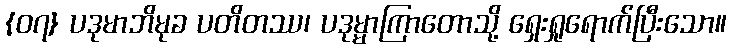
{၀၇} ပဒုမာဘိမုခ ပတိတဿ၊ ပဒုမ္မာကြာတောသို့ ရှေးရှုရောက်ပြီးသော။